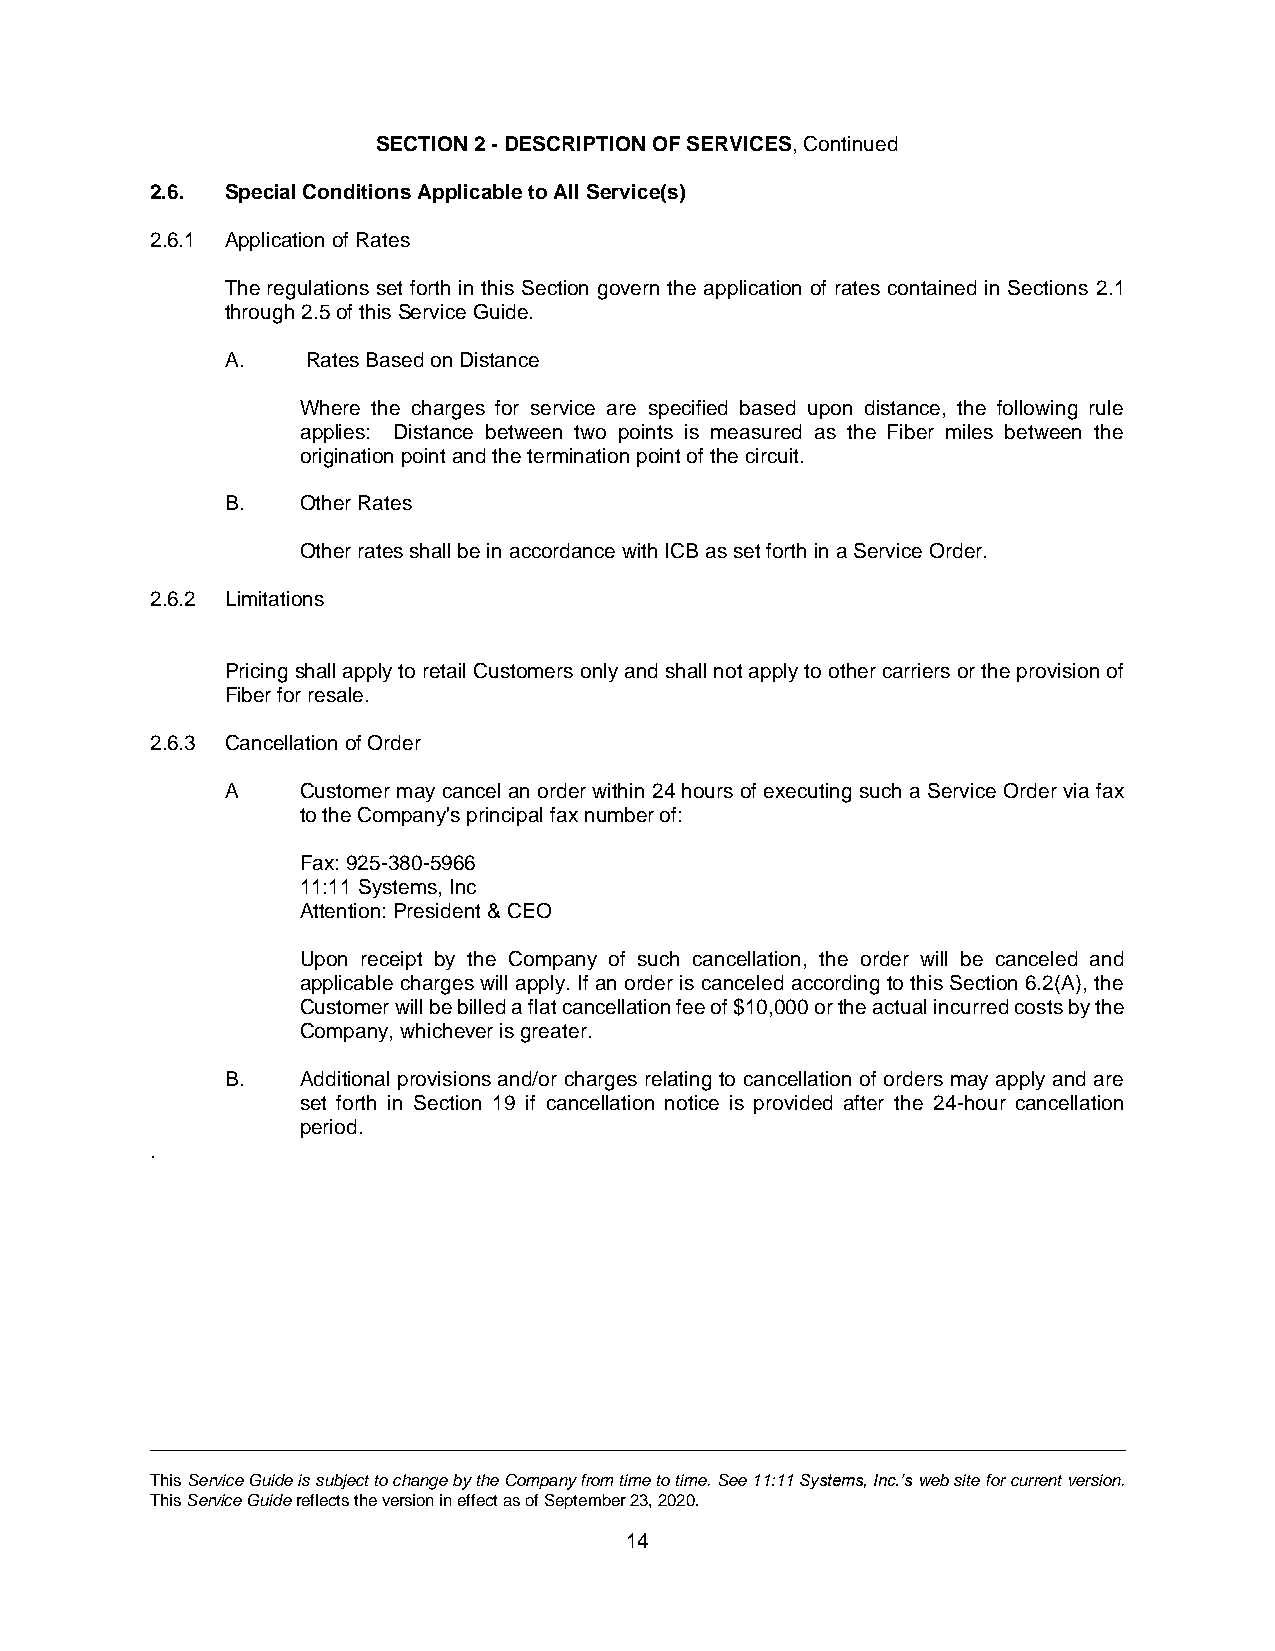
SECTION 2 - DESCRIPTION OF SERVICES, Continued
 2.6. Special Conditions Applicable to All Service(s)
 2.6.1 Application of Rates
 The regulations set forth in this Section govern the application of rates contained in Sections 2.1
 through 2.5 of this Service Guide.
 A.   Rates Based on Distance
 Where the charges for service are specified based upon distance, the following rule
 applies: Distance between two points is measured as the Fiber miles between the
 origination point and the termination point of the circuit.
 B.   Other Rates
 Other rates shall be in accordance with ICB as set forth in a Service Order.
 2.6.2 Limitations
 Pricing shall apply to retail Customers only and shall not apply to other carriers or the provision of
 Fiber for resale.
 2.6.3 Cancellation of Order
 A    Customer may cancel an order within 24 hours of executing such a Service Order via fax
 to the Company's principal fax number of:
 Fax: 925-380-5966
 11:11 Systems, Inc
 Attention: President & CEO
 Upon receipt by the Company of such cancellation, the order will be canceled and
 applicable charges will apply. If an order is canceled according to this Section 6.2(A), the
 Customer will be billed a flat cancellation fee of $10,000 or the actual incurred costs by the
 Company, whichever is greater.
 B.   Additional provisions and/or charges relating to cancellation of orders may apply and are
 set forth in Section 19 if cancellation notice is provided after the 24-hour cancellation
 period.
 .
 This Service Guide is subject to change by the Company from time to time. See 11:11 Systems, Inc.’s web site for current version.
 This Service Guide reflects the version in effect as of September 23, 2020.
 14